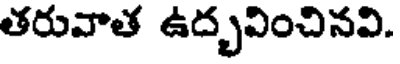
తరువాత ఉద్భవించినవి.